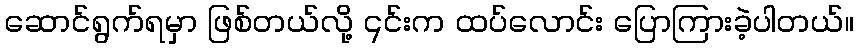
ဆောင်ရွက်ရမှာ ဖြစ်တယ်လို့ ၎င်းက ထပ်လောင်း ပြောကြားခဲ့ပါတယ်။